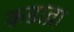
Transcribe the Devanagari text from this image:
कडाव्रा